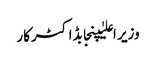
وزیر اعلیٰپنجابڈاکٹرکار